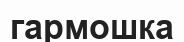
гармошка